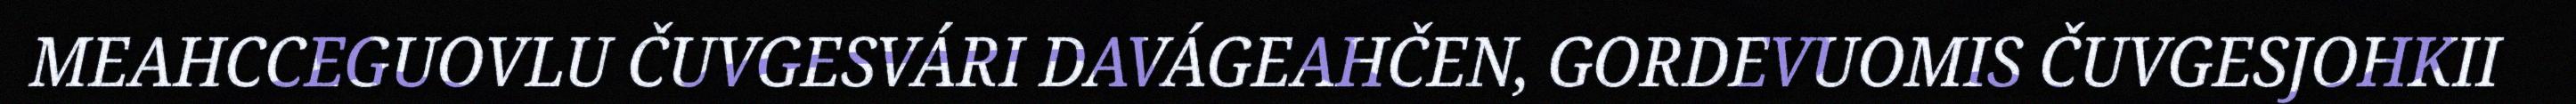
MEAHCCEGUOVLU ČUVGESVÁRI DAVÁGEAHČEN, GORDEVUOMIS ČUVGESJOHKII